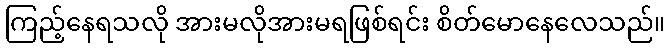
ကြည့်နေရသလို အားမလိုအားမရဖြစ်ရင်း စိတ်မောနေလေသည်။